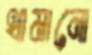
থামানো